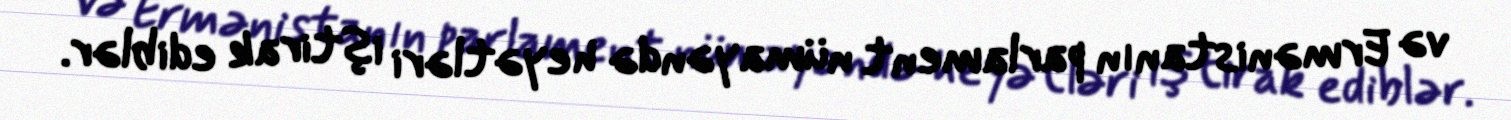
və Ermənistanın parlament nümayəndə heyətləri iştirak ediblər.